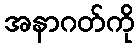
အနာဂတ်ကို